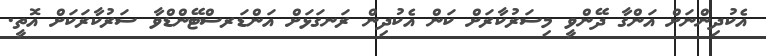
އެކުދިންނަށް އަންގާ ދޭންވީ މިސަރުކާރަށް ކަން އެކުދިން ރަނގަޅަށް އަަންޑަރސްޓޭންޑްވާ ސަރުކާރަކަށް އޮތީ.